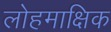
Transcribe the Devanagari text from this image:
लोहमाक्षिक